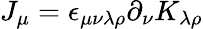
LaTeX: J_{\mu}=\epsilon_{\mu\nu\lambda\rho}\partial_{\nu}K_{\lambda\rho}